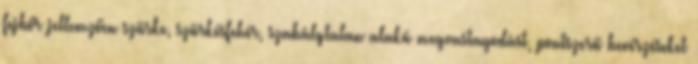
fejbőr jellemzően szürke, szürkésfehér, szabálytalan alakú megvastagodást, pontszerű bevérzéseket